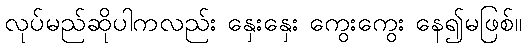
လုပ်မည်ဆိုပါကလည်း နှေးနှေး ကွေးကွေး နေ၍မဖြစ်။